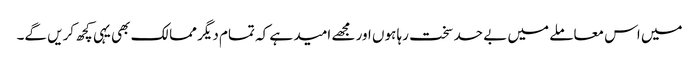
میں اس معاملے میں بے حد سخت رہا ہوں اور مجھے امید ہے کہ تمام دیگر ممالک بھی یہی کچھ کریں گے۔